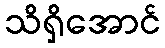
သိရှိအောင်